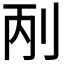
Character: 𠛥